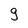
Character: g